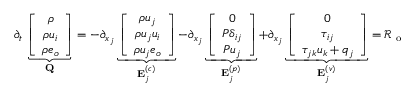
\begin{array} { r } { \partial _ { t } \underbrace { \left[ \begin{array} { c } { \rho } \\ { \rho u _ { i } } \\ { \rho e _ { o } } \end{array} \right] } _ { \bf Q } = - \partial _ { x _ { j } } \underbrace { \left[ \begin{array} { c } { \rho u _ { j } } \\ { \rho u _ { j } u _ { i } } \\ { \rho u _ { j } e _ { o } } \end{array} \right] } _ { { \bf E } _ { j } ^ { ( c ) } } - \partial _ { x _ { j } } \underbrace { \left[ \begin{array} { c } { 0 } \\ { P \delta _ { i j } } \\ { P u _ { j } } \end{array} \right] } _ { { \bf E } _ { j } ^ { ( p ) } } + \partial _ { x _ { j } } \underbrace { \left[ \begin{array} { c } { 0 } \\ { \tau _ { i j } } \\ { \tau _ { j k } u _ { k } + q _ { j } } \end{array} \right] } _ { { \bf E } _ { j } ^ { ( v ) } } = \mathcal { R } _ { \mathrm { ~ o ~ } } } \end{array}